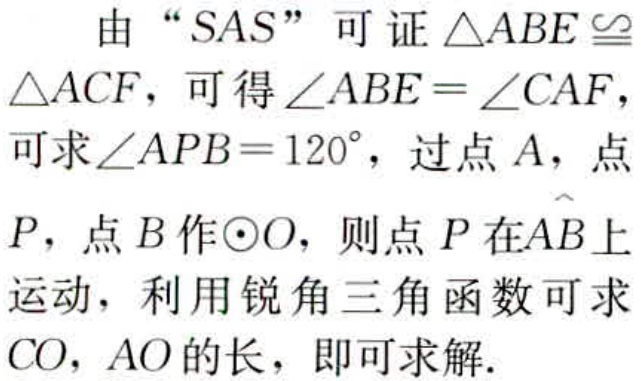
由 “SAS” 可证 \(\triangle ABE\cong\triangle ACF\)，可得 \(\angle ABE = \angle CAF\)，可求\(\angle APB = 120^{\circ}\)，过点 \(A\)，点 \(P\)，点 \(B\)作\(\odot O\)，则点 \(P\)在\(\overset{\frown}{AB}\)上运动，利用锐角三角函数可求 \(CO\)，\(AO\)的长，即可求解.